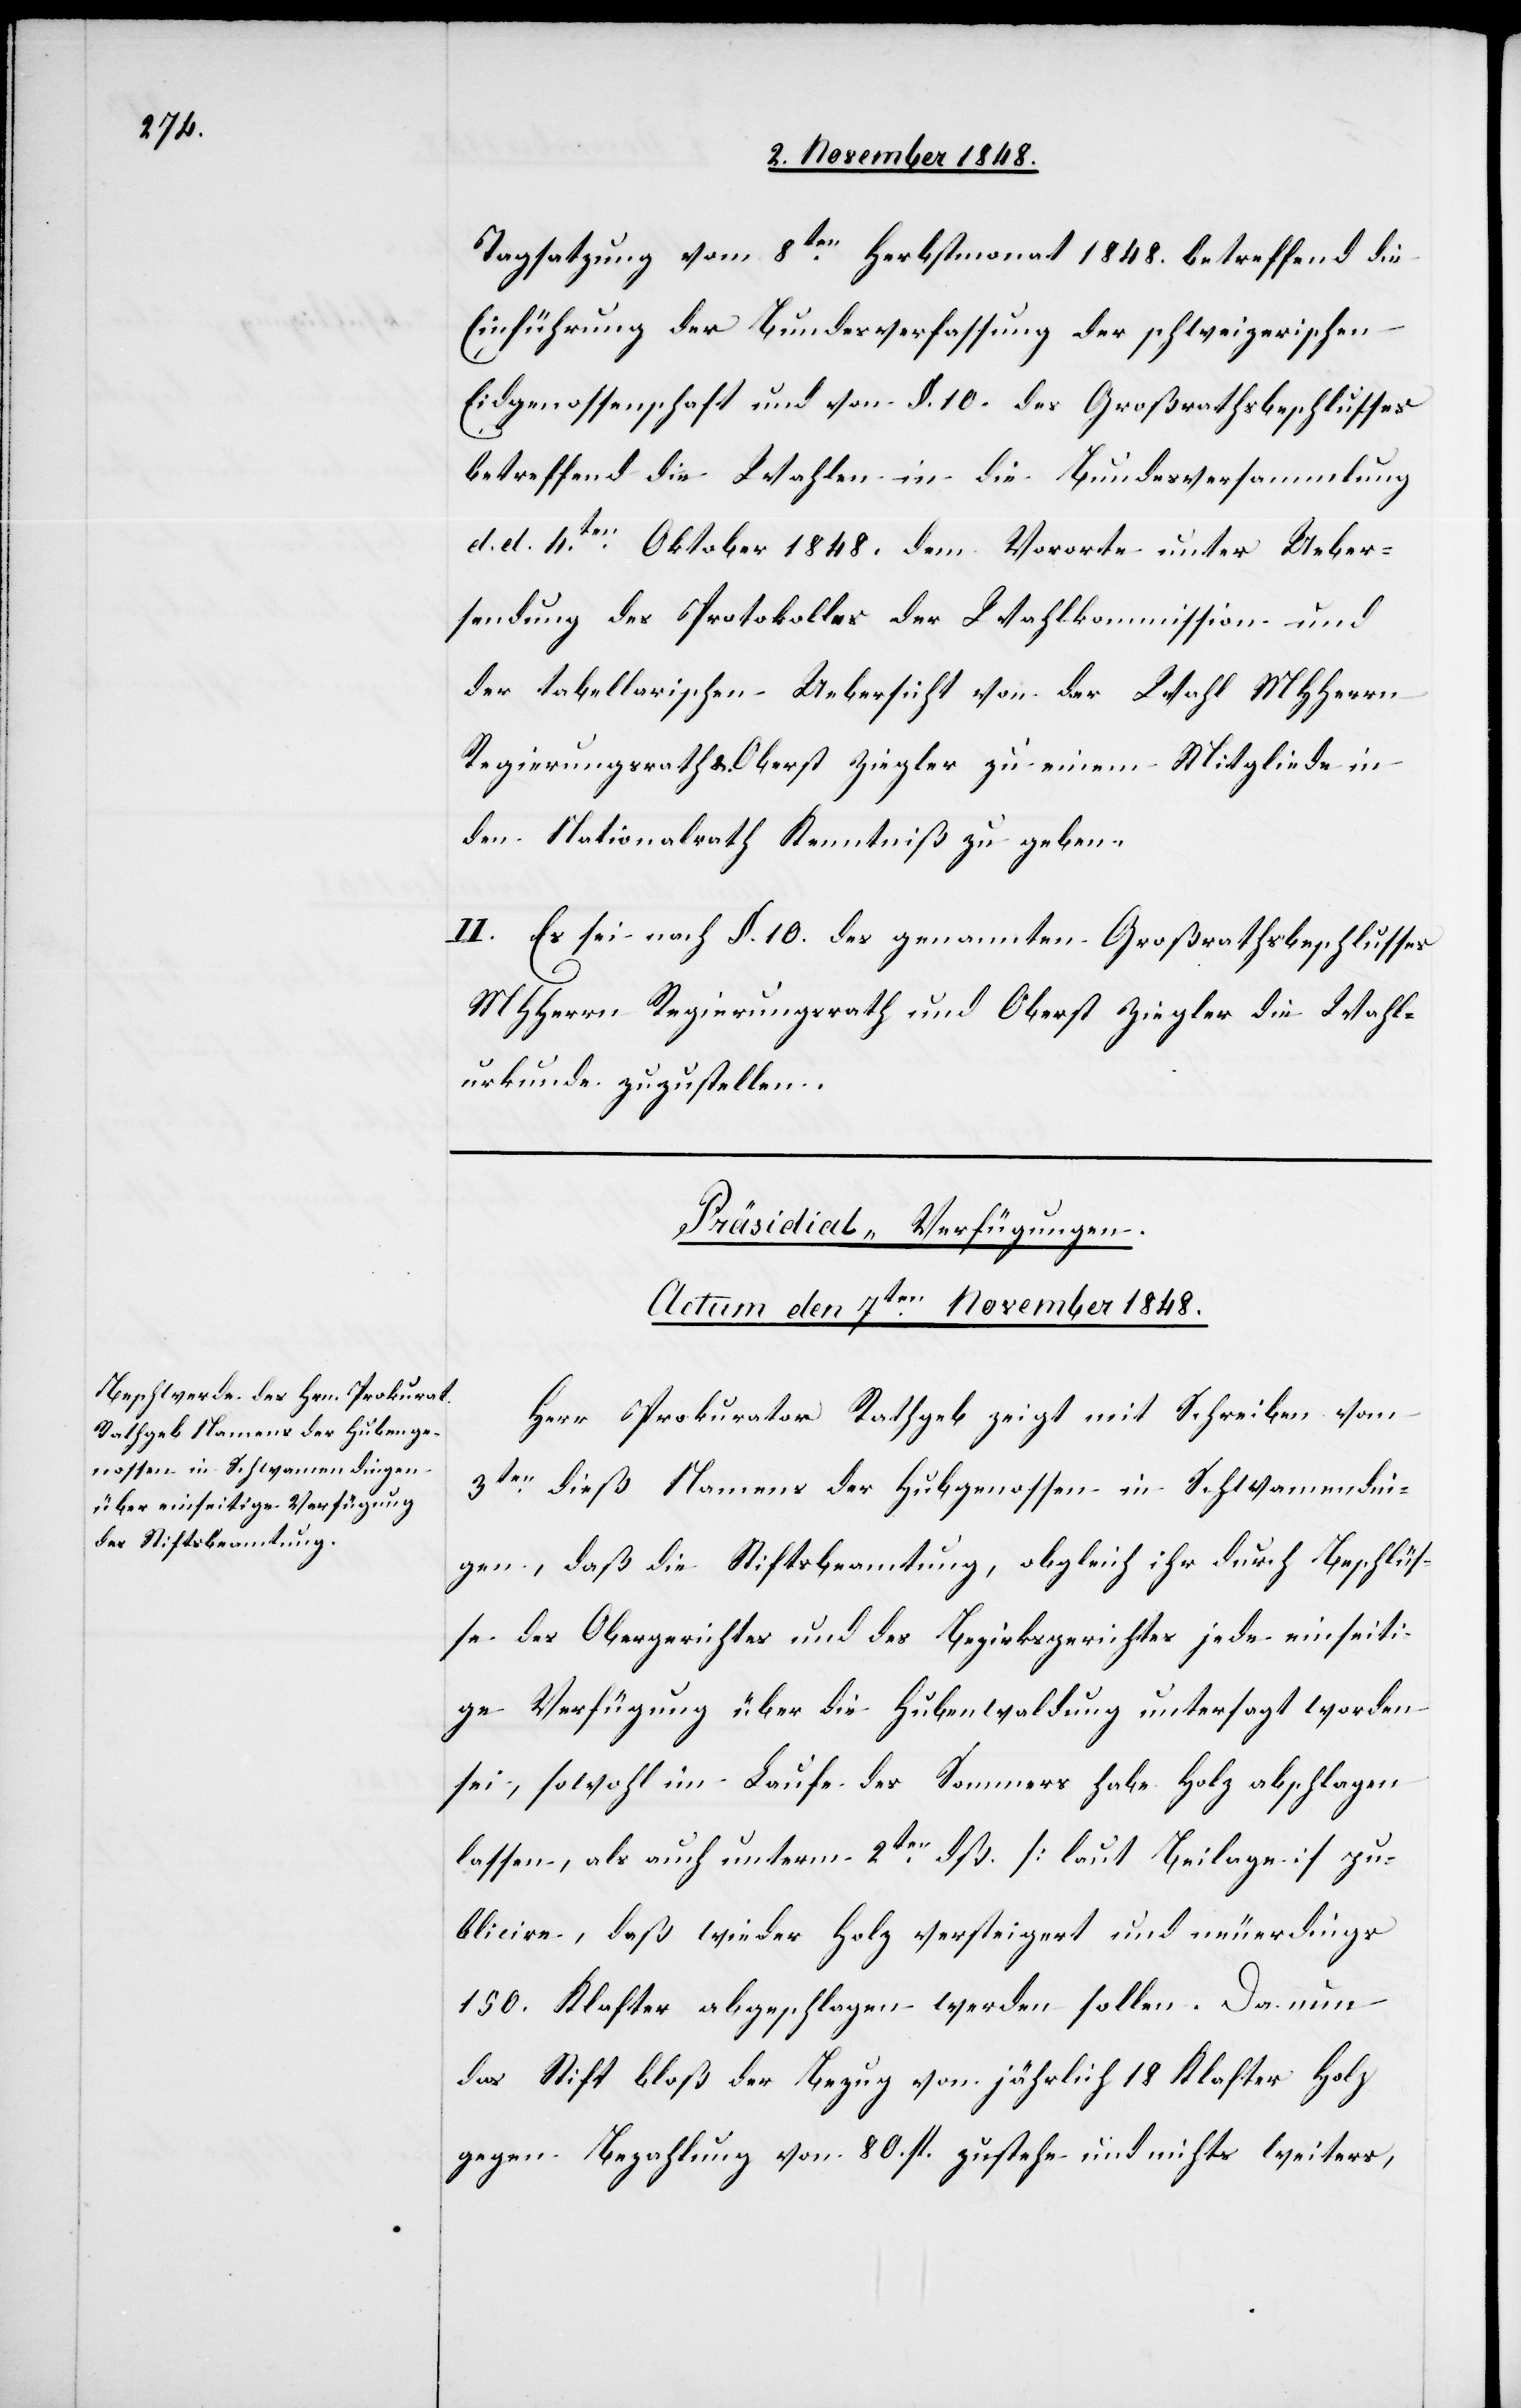
Tagsatzung vom 8ten Herbstmonat 1848. betreffend die
Einführung der Bundesverfassung der schweizerischen
Eidgenossenschaft und von §. 10. des Großrathsbeschlusses
betreffend die Wahlen in die Bundesversammlung
d. d. 4ten Oktober 1848. dem Vororte unter Ueber¬
sendung des Protokolles der Wahlkommission und
der tabellarischen Uebersicht von der Wahl MHHerrn
Regierungsrath u. Oberst Ziegler zu einem Mitgliede in
den Nationalrath Kenntniß zu geben.
II. Es sei nach §. 10. des genannten Großrathsbeschlusses
MHHerrn Regierungsrath und Oberst Ziegler die Wahl¬
urkunde zuzustellen.
Präsidial-Verfügungen.
Actum den 7ten November 1848.
Herr Prokurator Rathgeb zeigt mit Schreiben vom
3ten dieß Namens der Hubgenossen in Schwamendin¬
gen, daß die Stiftsberatung, obgleich ihr durch Beschlüs¬
se des Obergerichtes und des Bezirksgerichtes jede einseiti¬
ge Verfügung über die Hubenwaldung untersagt worden
sei, sowohl im Laufe des Sommers habe Holz abschlagen
lassen, als auch unterm 2ten dß. [laut Beilage] pu¬
blicire, daß wieder Holz versteigert und neuerdings
150. Klafter abgeschlagen werden sollen. Da nun
das Stift bloß der Bezug von jährlich 18 Klafter Holz
gegen Bezahlung von 80. fl. zustehe und nichts weiters,